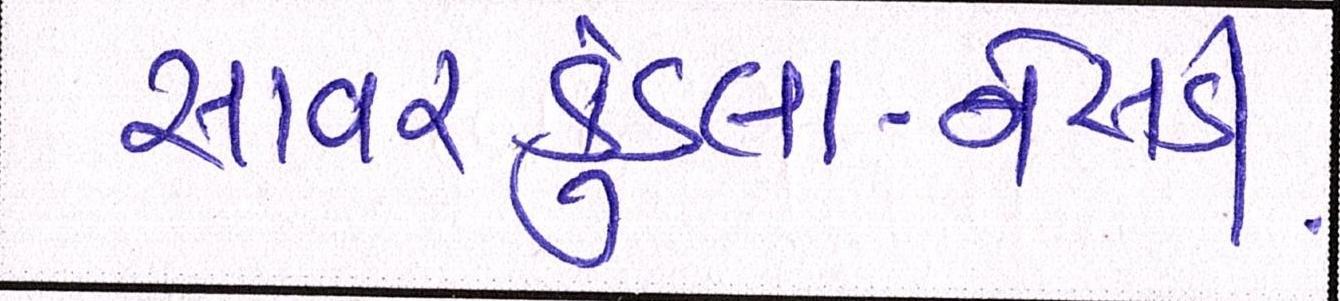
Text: સાવરકુંડલા-નેસડી